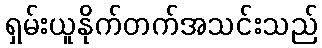
ရှမ်းယူနိုက်တက်အသင်းသည်